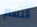
التهم